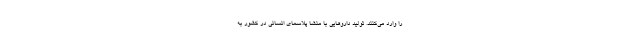
را وارد می‌کنند. تولید داروهایی با منشا پلاسمای انسانی در کشور به